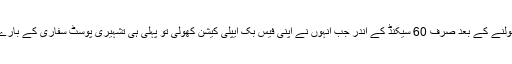
یہ جملے بولنے کے بعد صرف 60 سیکنڈ کے اندر جب انہوں نے اپنی فیس بک ایپلی کیشن کھولی تو پہلی ہی تشہیری پوسٹ سفاری کے بارے میں تھی۔